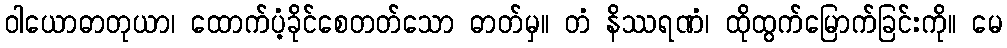
ဝါယောဓာတုယာ၊ ထောက်ပံ့ခိုင်စေတတ်သော ဓာတ်မှ။ တံ နိဿရဏံ၊ ထိုထွက်မြောက်ခြင်းကို။ မေ